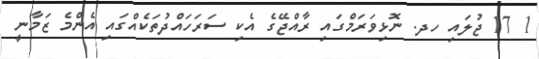
1 17 ޖުލައި ހދ. ނޮޅިވަރަމްގައި ރާއްޖޭގެ އެކި ސަރަހައްދުތަކެއްގައި އެންމެ ޒަމާނީ